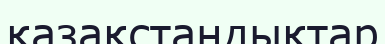
қазақстандықтар